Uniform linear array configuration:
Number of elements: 8
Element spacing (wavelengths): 0.25
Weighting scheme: hann
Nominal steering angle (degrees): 45
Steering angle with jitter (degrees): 44.763
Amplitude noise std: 0.05
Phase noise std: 0.05

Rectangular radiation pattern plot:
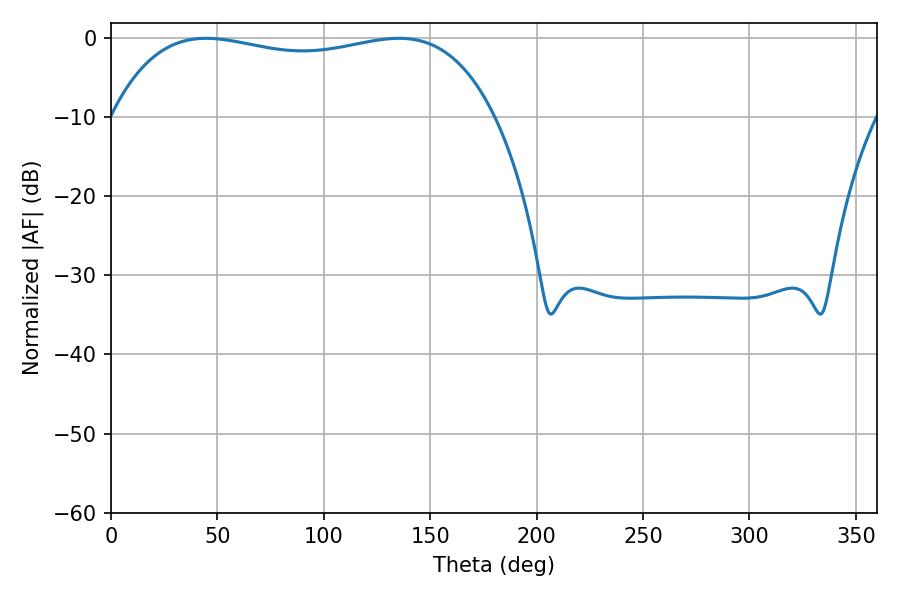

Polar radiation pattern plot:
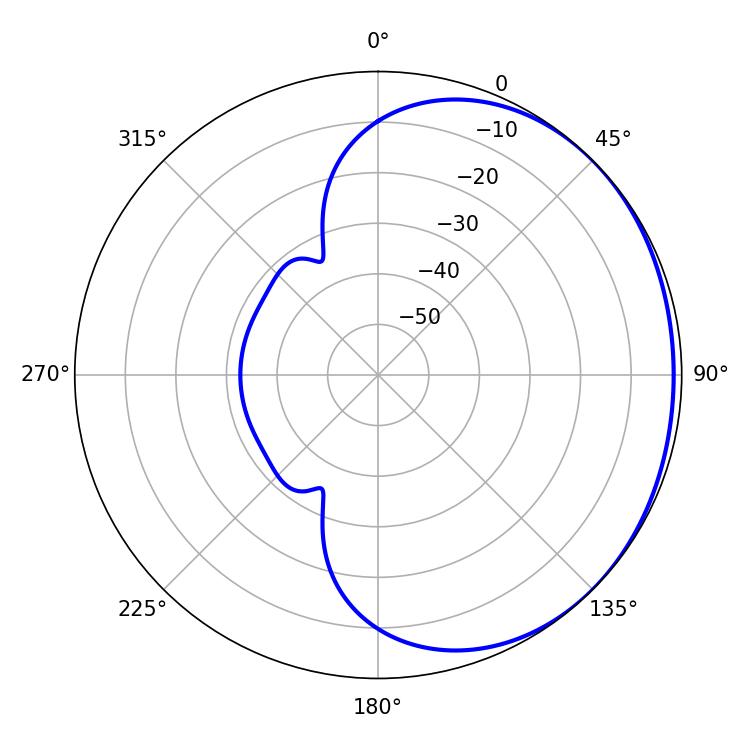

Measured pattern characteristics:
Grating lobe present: FALSE
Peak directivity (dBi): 0.9235
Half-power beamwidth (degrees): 145.44
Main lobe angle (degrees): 44.64